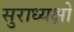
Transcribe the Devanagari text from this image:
सुराध्यक्षो